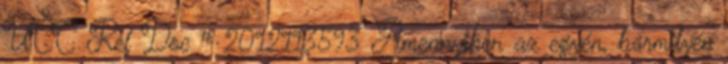
UCC Ref Doc # 2012113593 Amennyiben az egyén, bármilyen